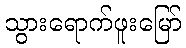
သွားရောက်ဖူးမြော်